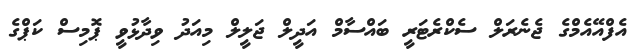
އެފްއޭއެމްގެ ޖެނެރަލް ސެކްރެޓަރީ ބައްސާމް އަދީލް ޖަލީލް މިއަދު ވިދާޅުވީ ޕޮމިސް ކަޕްގެ